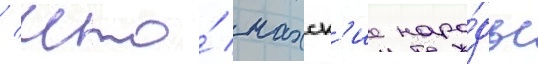
/ что́ нахск'ие наро́ды